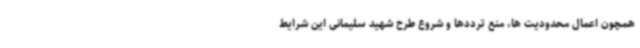
همچون اعمال محدودیت ها، منع ترددها و شروع طرح شهید سلیمانی این شرایط